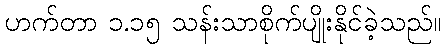
ဟက်တာ ၁.၁၅ သန်းသာစိုက်ပျိုးနိုင်ခဲ့သည်။